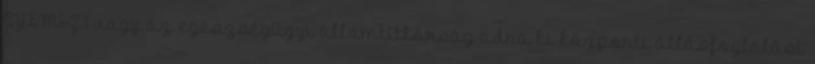
GYEMSZI vagy az egészségügyi államtitkárság adna ki központi állásfoglalást